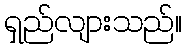
ရှည်လျားသည်။